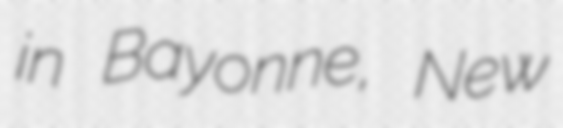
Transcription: in Bayonne, New